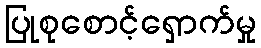
ပြုစုစောင့်ရှောက်မှု